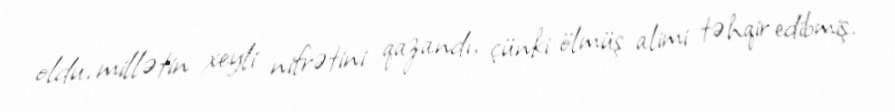
oldu, millətin xeyli nifrətini qazandı, çünki ölmüş alimi təhqir edibmiş.